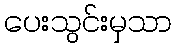
ပေးသွင်းမှသာ